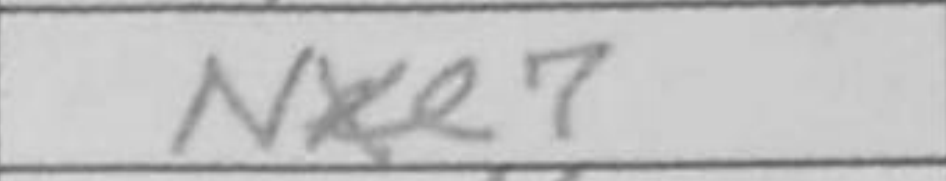
Transcription: Nxe7